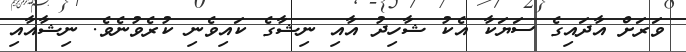
ވަރަށް އާދައިގެ ސަޔަކާ އެކު ޝާހިދު އާއި ނިޝާގެ ކައިވެނި ކުރެވުނެވެ. ނިޝާއާއި